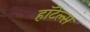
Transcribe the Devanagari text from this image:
हाॅटेल्स